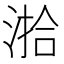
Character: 湁